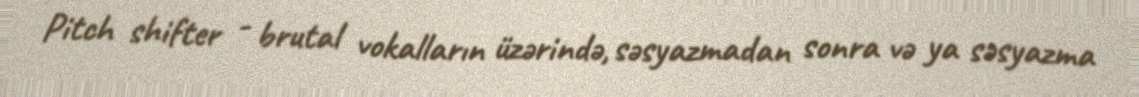
Pitch shifter - brutal vokalların üzərində, səsyazmadan sonra və ya səsyazma